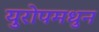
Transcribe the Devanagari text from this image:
युरोपमधुन